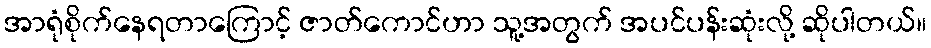
အာရုံစိုက်နေရတာကြောင့် ဇာတ်ကောင်ဟာ သူ့အတွက် အပင်ပန်းဆုံးလို့ ဆိုပါတယ်။